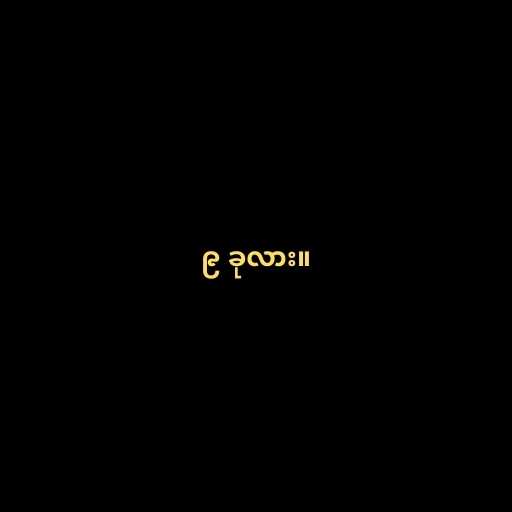
၉ ခုလား။